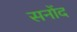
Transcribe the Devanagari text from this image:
सनोंद